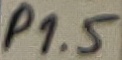
Text: P1.5